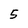
Character: 5